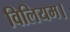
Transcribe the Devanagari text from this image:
विलियम।